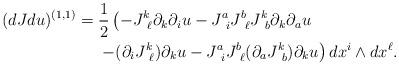
LaTeX: \begin{align*}(dJdu)^{(1,1)} = {} & \frac{1}{2} \left(- J^k_{\ \ell} \partial_k \partial_{i} u - J^a_{\ i} J^b_{\ \ell} J^k_{\ b} \partial_k \partial_a u \right. \\ & \left. - (\partial_{i} J^k_{\ \ell} ) \partial_k u - J^a_{\ i} J^b_{\ \ell} (\partial_a J^k_{\ b}) \partial_k u \right) dx^i \wedge dx^{\ell}.\end{align*}